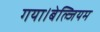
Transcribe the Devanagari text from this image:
गया।बेल्जियम